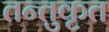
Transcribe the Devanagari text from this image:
तन्तुकृत